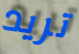
تريد